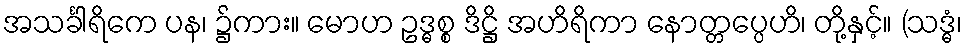
အသင်္ခါရိကေ ပန၊ ၌ကား။ မောဟ ဥဒ္ဓစ္စ ဒိဋ္ဌိ အဟိရိကာ နောတ္တပ္ပေဟိ၊ တို့နှင့်။ (သဒ္ဓံ၊